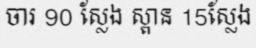
ចារ 90 ស្លែង ស្ពាន 15ស្លែង